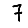
Digit: 7